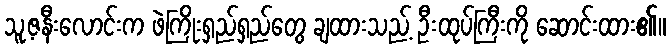
သူ့ဇနီးလောင်းက ဖဲကြိုးရှည်ရှည်တွေ ချထားသည့် ဦးထုပ်ကြီးကို ဆောင်းထား၏။